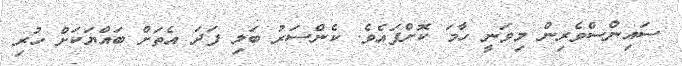
ސައިންސްވެރިން މިވަނީ ހާމަ ކޮށްފައެވެ. ކެންސަރު ބަލި ފަދަ އެތަށް ބައްޔަކަށް ހުރި